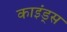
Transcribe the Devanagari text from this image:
काइंड्स